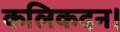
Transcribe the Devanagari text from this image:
कलिकदन।